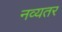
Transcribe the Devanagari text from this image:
नव्यतर